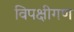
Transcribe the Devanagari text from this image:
विपक्षीगण